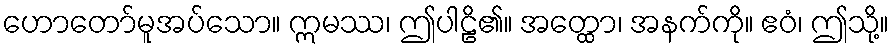
ဟောတော်မူအပ်သော။ ဣမဿ၊ ဤပါဠိ၏။ အတ္ထော၊ အနက်ကို။ ဧဝံ၊ ဤသို့။